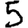
Digit: 5